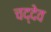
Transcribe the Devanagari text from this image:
चद्देव